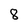
Character: 8